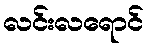
လင်းလရောင်